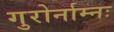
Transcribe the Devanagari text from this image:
गुरोर्नाम्नः